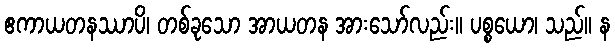
ဧကာယတနဿာပိ၊ တစ်ခုသော အာယတန အားသော်လည်း။ ပစ္စယော၊ သည်။ န